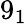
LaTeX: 9_{1}